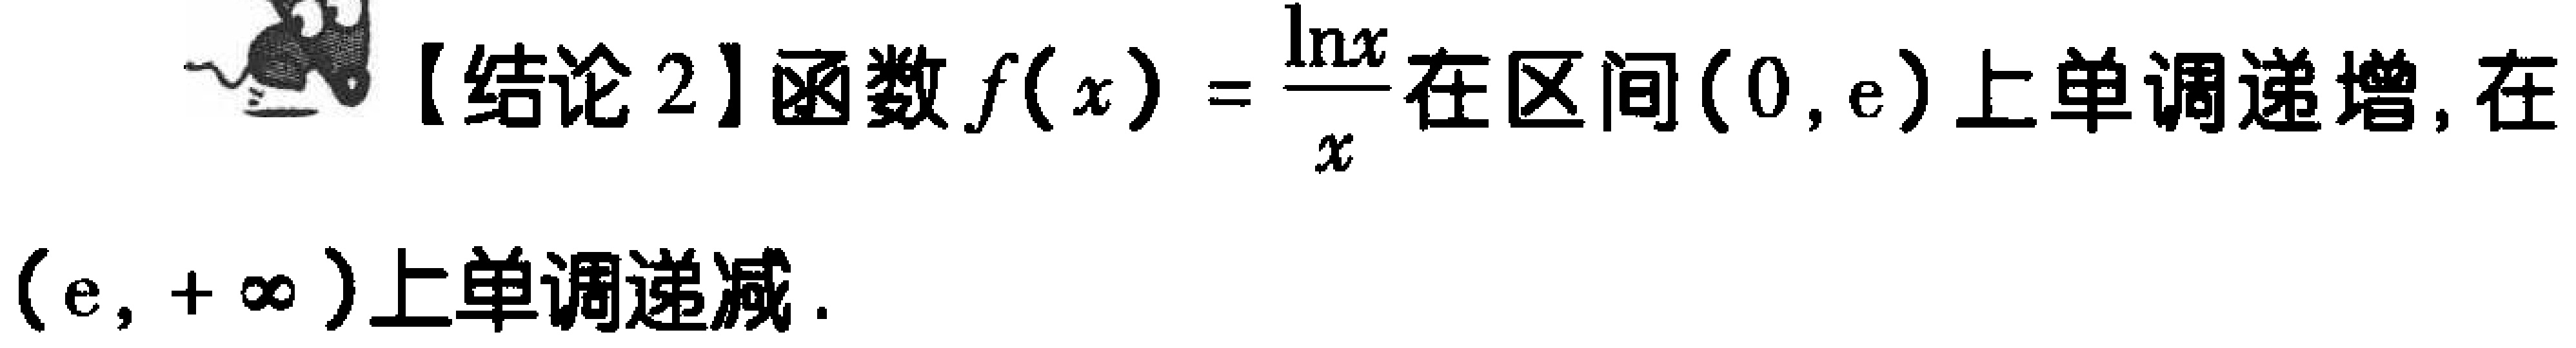
【结论 2】函数\(f(x)=\frac{\ln x}{x}\)在区间\((0,e)\)上单调递增, 在\((e,+\infty)\)上单调递减.